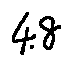
4 . 8